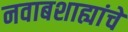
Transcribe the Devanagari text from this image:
नवाबशाह्यांचे